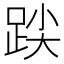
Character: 𮷒